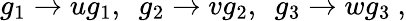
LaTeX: g_{1}\rightarrow ug_{1},~~g_{2}\rightarrow vg_{2},~~g_{3}\rightarrow wg_{3}\ ,